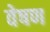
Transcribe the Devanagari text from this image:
वेषण